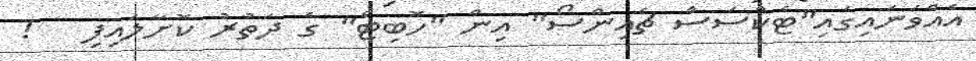
އެއްވަނައިގައި"ޓެކްސަސް ޗެއިންސޯ" އިން "ހޮބިޓް" ގެ ދަތުރު ކޮށާލައިފި   !